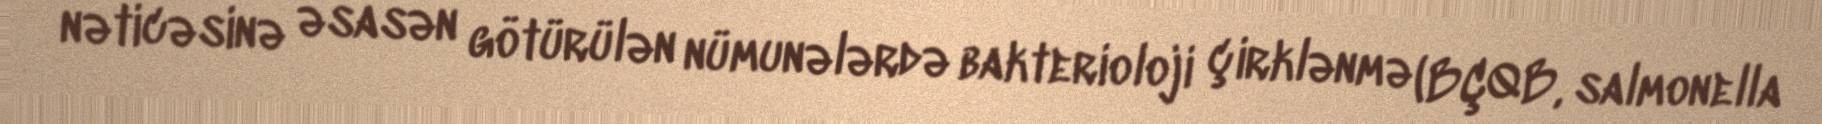
nəticəsinə əsasən götürülən nümunələrdə bakterioloji çirklənmə (BÇQB, salmonella